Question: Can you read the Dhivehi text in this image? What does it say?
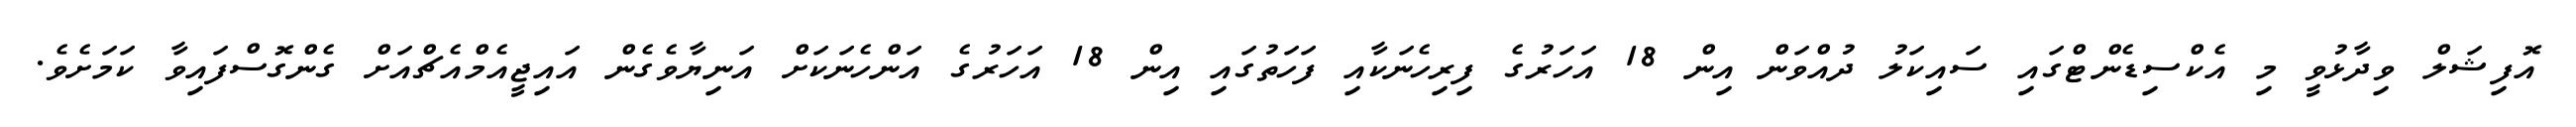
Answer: އޮފިޝަލް ވިދާޅުވީ މި އެކްސިޑެންޓްގައި ސައިކަލު ދުއްވަން އިން 18 އަހަރުގެ ފިރިހެނަކާއި ފަހަތުގައި އިން 18 އަހަރުގެ އަންހެނަކަށް އަނިޔާވެގެން އައިޖީއެމްއެޗްއަށް ގެންގޮސްފައިވާ ކަމަށެވެ.